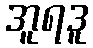
အူရဒူ